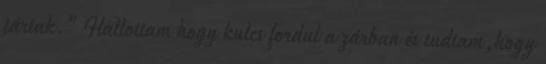
jártak." Hallottam hogy kulcs fordul a zárban és tudtam,hogy